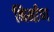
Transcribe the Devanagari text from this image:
निर्माण्‍ा